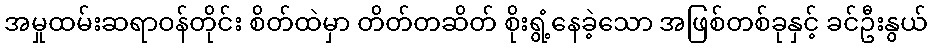
အမှုထမ်းဆရာဝန်တိုင်း စိတ်ထဲမှာ တိတ်တဆိတ် စိုးရွံ့နေခဲ့သော အဖြစ်တစ်ခုနှင့် ခင်ဦးနွယ်